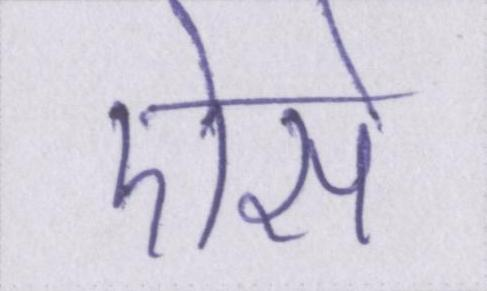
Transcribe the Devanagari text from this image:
ऐसे